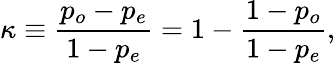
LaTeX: \kappa\equiv{\frac{p_{o}-p_{e}}{1-p_{e}}}=1-{\frac{1-p_{o}}{1-p_{e}}},